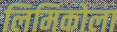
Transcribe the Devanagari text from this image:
लिमिकोला